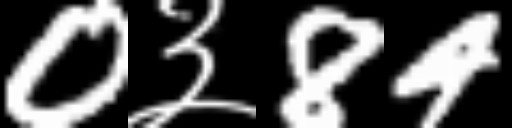
Text: 0३84